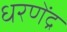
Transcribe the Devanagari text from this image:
धरणेंद्र